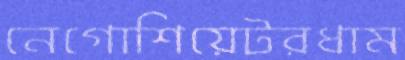
নেগোশিয়েটরধাম